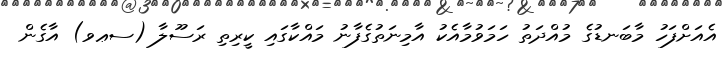
އެއަށްފަހު މާބަނޑުގެ މުއްދަތު ހަމަވުމާއެކު އާމިނަތުގެފާނު މައްކާގައި ކީރިތި ރަސޫލާ (ސޢވ) އާގެން